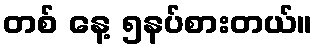
တစ် နေ့ ၅နပ်စားတယ်။